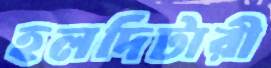
হলদিটারী